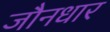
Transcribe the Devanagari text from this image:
जौनधार